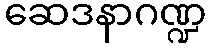
ဆေဒနာဂဏ္ဍ